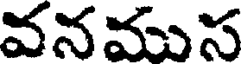
వనముస